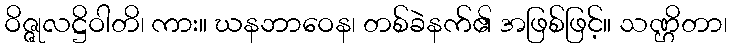
ဝိဇ္ဇုလဋ္ဌိဝါတိ၊ ကား။ ဃနဘာဝေန၊ တစ်ခဲနက်၏ အဖြစ်ဖြင့်။ သဏ္ဌိတာ၊